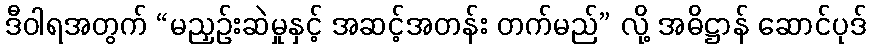
ဒီဝါရအတွက် “မညှဉ်းဆဲမှုနှင့် အဆင့်အတန်း တက်မည်” လို့ အဓိဋ္ဌာန် ဆောင်ပုဒ်